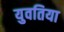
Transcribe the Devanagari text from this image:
युवतिया